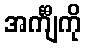
အင်္ကျီကို